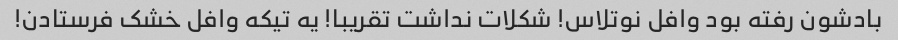
بادشون رفته بود وافل نوتلاس! شکلات نداشت تقریبا! یه تیکه وافل خشک فرستادن!